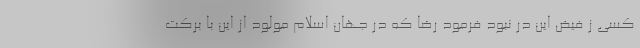
کسی ز فیض این در نبود فرمود رضا که در جهان اسلام مولود از این با برکت